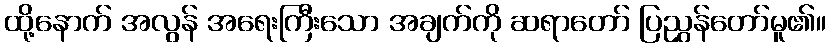
ထို့နောက် အလွန် အရေးကြီးသော အချက်ကို ဆရာတော် ပြညွှန်တော်မူ၏။